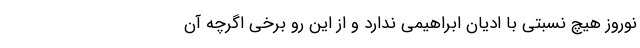
نوروز هیچ نسبتی با ادیان ابراهیمی ندارد و از این رو برخی اگرچه آن